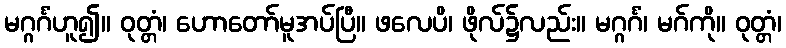
မဂ္ဂင်္ဂံဟူ၍။ ဝုတ္တံ၊ ဟောတော်မူအပ်ပြီ။ ဖလေပိ၊ ဖိုလ်၌လည်း။ မဂ္ဂင်္ဂံ၊ မဂ်ကို။ ဝုတ္တံ၊